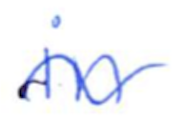
Text: in
Cross-out: wave
Writing tool: ballpoint